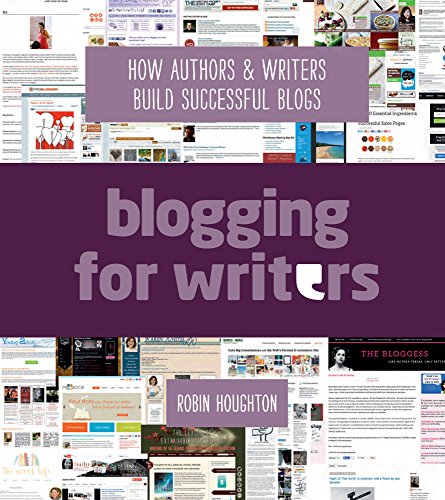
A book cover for Blogging For Writers: How Authors & Writers Build Successful Blogs; Robin Houghton; Computers & Technology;